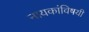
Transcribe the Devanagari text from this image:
नायकांविषयी